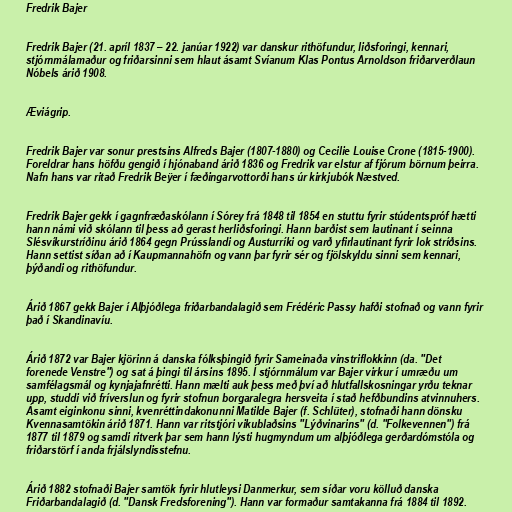
Fredrik Bajer

Fredrik Bajer (21. apríl 1837 – 22. janúar 1922) var danskur rithöfundur, liðsforingi, kennari,
stjórnmálamaður og friðarsinni sem hlaut ásamt Svíanum Klas Pontus Arnoldson friðarverðlaun
Nóbels árið 1908.

Æviágrip.

Fredrik Bajer var sonur prestsins Alfreds Bajer (1807-1880) og Cecilie Louise Crone (1815-1900).
Foreldrar hans höfðu gengið í hjónaband árið 1836 og Fredrik var elstur af fjórum börnum þeirra.
Nafn hans var ritað Fredrik Beÿer í fæðingarvottorði hans úr kirkjubók Næstved.

Fredrik Bajer gekk í gagnfræðaskólann í Sórey frá 1848 til 1854 en stuttu fyrir stúdentspróf hætti
hann námi við skólann til þess að gerast herliðsforingi. Hann barðist sem lautinant í seinna
Slésvíkurstríðinu árið 1864 gegn Prússlandi og Austurríki og varð yfirlautinant fyrir lok stríðsins.
Hann settist síðan að í Kaupmannahöfn og vann þar fyrir sér og fjölskyldu sinni sem kennari,
þýðandi og rithöfundur.

Árið 1867 gekk Bajer í Alþjóðlega friðarbandalagið sem Frédéric Passy hafði stofnað og vann fyrir
það í Skandinavíu.

Árið 1872 var Bajer kjörinn á danska fólksþingið fyrir Sameinaða vinstriflokkinn (da. "Det
forenede Venstre") og sat á þingi til ársins 1895. Í stjórnmálum var Bajer virkur í umræðu um
samfélagsmál og kynjajafnrétti. Hann mælti auk þess með því að hlutfallskosningar yrðu teknar
upp, studdi við fríverslun og fyrir stofnun borgaralegra hersveita í stað hefðbundins atvinnuhers.
Ásamt eiginkonu sinni, kvenréttindakonunni Matilde Bajer (f. Schlüter), stofnaði hann dönsku
Kvennasamtökin árið 1871. Hann var ritstjóri vikublaðsins "Lýðvinarins" (d. "Folkevennen") frá
1877 til 1879 og samdi ritverk þar sem hann lýsti hugmyndum um alþjóðlega gerðardómstóla og
friðarstörf í anda frjálslyndisstefnu.

Árið 1882 stofnaði Bajer samtök fyrir hlutleysi Danmerkur, sem síðar voru kölluð danska
Friðarbandalagið (d. "Dansk Fredsforening"). Hann var formaður samtakanna frá 1884 til 1892.